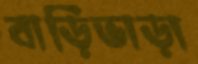
বাড়িভাড়া